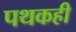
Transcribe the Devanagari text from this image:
पथकही